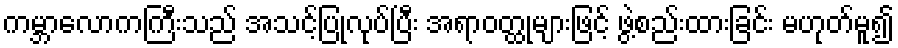
ကမ္ဘာလောကကြီးသည် အသင့်ပြုလုပ်ပြီး အရာဝတ္ထုများဖြင့် ဖွဲ့စည်းထားခြင်း မဟုတ်မူ၍